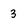
Character: 3